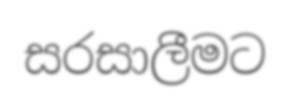
සරසාලීමට